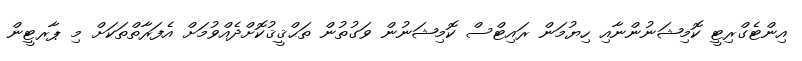
އިންޓެގްރިޓީ ކޮމިޝަނުންނާއި ހިޔުމަން ރައިޓްސް ކޮމިޝަނުން ވަގުތުން ތަޙްޤީޤުކޮށްދެއްވުމަށް އެފަރާތްތަކަށް މި ޕާރޓީން